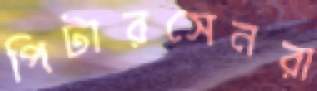
পিটারসেনরা